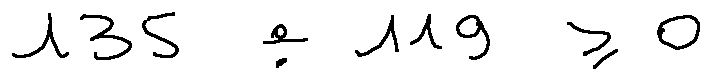
1 3 5 \div 1 1 9 \geq 0